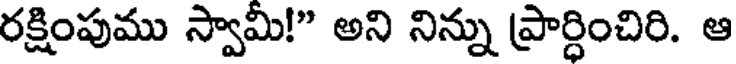
రక్షింపుము స్వామీ!" అని నిన్ను ప్రార్ధించిరి. ఆ